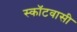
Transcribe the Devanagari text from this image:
स्कॉटवासी